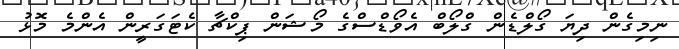
ނިމިގެން ދިޔަ ގޯލްޑެން ގްލޯބް އެވޯޑްސްގެ މޯޝަން ޕިކްޗާ ކެޓަގަރީން އެންމެ މޮޅު